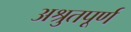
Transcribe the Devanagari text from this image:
अश्रुतपूर्ण